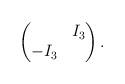
LaTeX: \begin{align*} \begin{pmatrix} & I_3 \\ -I_3 & \end{pmatrix}.\end{align*}